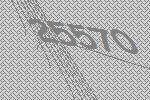
25570